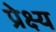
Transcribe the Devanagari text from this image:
प्रेक्ष्य